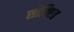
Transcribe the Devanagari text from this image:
सोचिएत